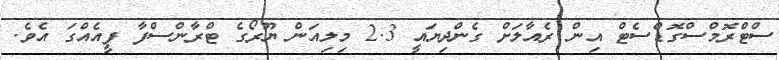
ސްޓްރޮމްސްގޮޑްސެޓް އިން ރެއާލަށް ގެންދިޔައީ 2.3 މިލިއަން ޔޫރޯގެ ޓްރާންސްފާ ފީއެއްގަ އެވެ.